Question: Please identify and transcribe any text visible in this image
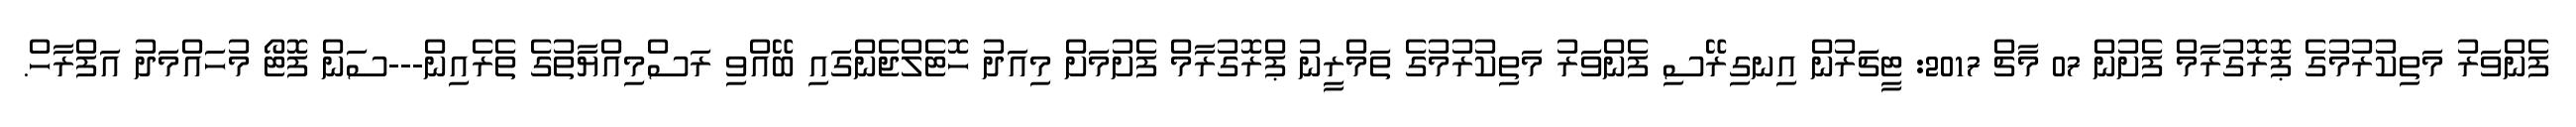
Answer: ފެންވަރު މަތިކުރުމުގެ ޕޮރޮގުރާމް ފެށުން 07 މާޗް 2017: ޓީޗަރުން އިނގިރޭސި ފެންވަރު މަތިކުރުމުގެ ތަމްރީނު ޕްރޮގުރާމް ފެށުމަށް މިއަދު ހޮޓެލްޖެންގައި ބޭއްވި ރަސްމިއްޔާތުގެ ތެރެއިން---ސަން ފޮޓޯ މުހައްމަދު އަފްރާހް.